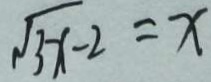
\sqrt { 3 x - 2 } = x